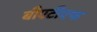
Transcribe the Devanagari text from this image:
बीएटीएफ